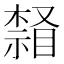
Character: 𣛒